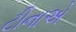
ટીનાએ